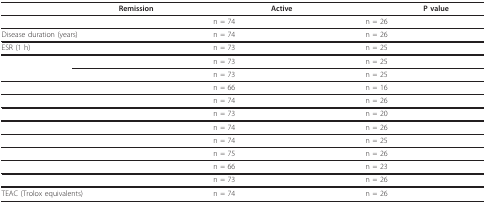
<table><thead><tr><td>[EMPTY_CELL]</td><td><b>Remission</b></td><td>[EMPTY_CELL]</td><td><b>Active</b></td><td>[EMPTY_CELL]</td><td><b>P value</b></td></tr></thead><tbody><tr><td>[EMPTY_CELL]</td><td>[EMPTY_CELL]</td><td>n = 74</td><td>[EMPTY_CELL]</td><td>n = 26</td><td>[EMPTY_CELL]</td></tr><tr><td>Disease duration (years)</td><td>[EMPTY_CELL]</td><td>n = 74</td><td>[EMPTY_CELL]</td><td>n = 26</td><td>[EMPTY_CELL]</td></tr><tr><td>ESR (1 h)</td><td>[EMPTY_CELL]</td><td>n = 73</td><td>[EMPTY_CELL]</td><td>n = 25</td><td>[EMPTY_CELL]</td></tr><tr><td>[EMPTY_CELL]</td><td>[EMPTY_CELL]</td><td>n = 73</td><td>[EMPTY_CELL]</td><td>n = 25</td><td>[EMPTY_CELL]</td></tr><tr><td>[EMPTY_CELL]</td><td>[EMPTY_CELL]</td><td>n = 73</td><td>[EMPTY_CELL]</td><td>n = 25</td><td>[EMPTY_CELL]</td></tr><tr><td>[EMPTY_CELL]</td><td>[EMPTY_CELL]</td><td>n = 66</td><td>[EMPTY_CELL]</td><td>n = 16</td><td>[EMPTY_CELL]</td></tr><tr><td>[EMPTY_CELL]</td><td>[EMPTY_CELL]</td><td>n = 74</td><td>[EMPTY_CELL]</td><td>n = 26</td><td>[EMPTY_CELL]</td></tr><tr><td>[EMPTY_CELL]</td><td>[EMPTY_CELL]</td><td>n = 73</td><td>[EMPTY_CELL]</td><td>n = 20</td><td>[EMPTY_CELL]</td></tr><tr><td>[EMPTY_CELL]</td><td>[EMPTY_CELL]</td><td>n = 74</td><td>[EMPTY_CELL]</td><td>n = 26</td><td>[EMPTY_CELL]</td></tr><tr><td>[EMPTY_CELL]</td><td>[EMPTY_CELL]</td><td>n = 74</td><td>[EMPTY_CELL]</td><td>n = 25</td><td>[EMPTY_CELL]</td></tr><tr><td>[EMPTY_CELL]</td><td>[EMPTY_CELL]</td><td>n = 75</td><td>[EMPTY_CELL]</td><td>n = 26</td><td>[EMPTY_CELL]</td></tr><tr><td>[EMPTY_CELL]</td><td>[EMPTY_CELL]</td><td>n = 66</td><td>[EMPTY_CELL]</td><td>n = 23</td><td>[EMPTY_CELL]</td></tr><tr><td>[EMPTY_CELL]</td><td>[EMPTY_CELL]</td><td>n = 73</td><td>[EMPTY_CELL]</td><td>n = 26</td><td>[EMPTY_CELL]</td></tr><tr><td>TEAC (Trolox equivalents)</td><td>[EMPTY_CELL]</td><td>n = 74</td><td>[EMPTY_CELL]</td><td>n = 26</td><td>[EMPTY_CELL]</td></tr></tbody></table>